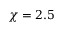
\chi = 2 . 5